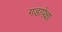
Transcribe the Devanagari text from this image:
गडापेक्षा